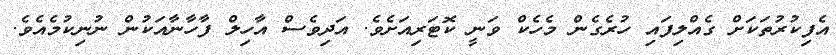
އެފިކުރުތަކަށް ގެއްލިފައި ހުރެގެން މެހެކް ވަނީ ކޮޓަރިއަށެވެ. އަދިވެސް އާހިލް ފާހާނާއަކުން ނުނިކުމެއެވެ.